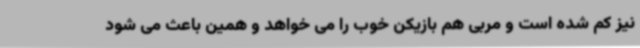
نیز کم شده است و مربی هم بازیکن خوب را می خواهد و همین باعث می شود